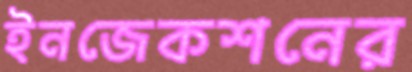
ইনজেকশনের